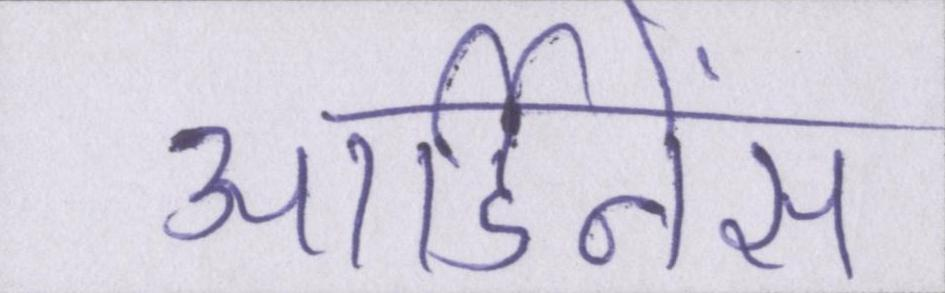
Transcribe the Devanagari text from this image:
आर्डिनेंस